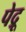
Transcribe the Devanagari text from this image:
पेद्रू